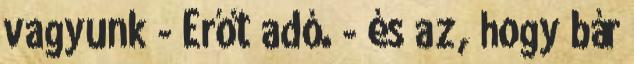
vagyunk - Erőt adó. - és az, hogy bár